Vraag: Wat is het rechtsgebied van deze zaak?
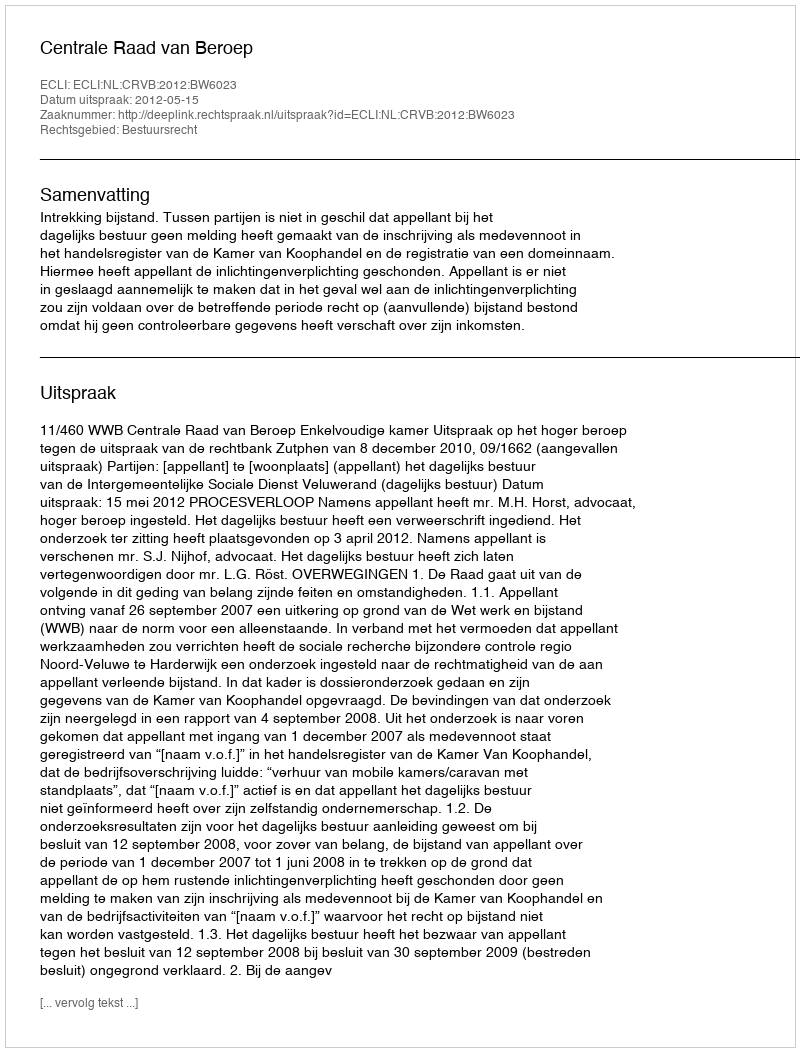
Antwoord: Bestuursrecht